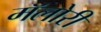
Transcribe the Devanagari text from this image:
मॅलोरी